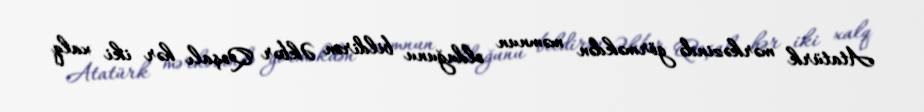
Atatürk mərkəzində görməkdən məmnun olduğunu bildirən Əkbər Qoşalı hər iki xalq